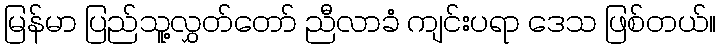
မြန်မာ ပြည်သူ့လွှတ်တော် ညီလာခံ ကျင်းပရာ ဒေသ ဖြစ်တယ်။